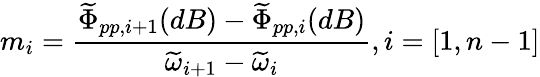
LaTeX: m_{i}=\frac{\widetilde{\Phi}_{pp,i+1}(dB)-\widetilde{\Phi}_{pp,i}(dB)}{\widetilde{\omega}_{i+1}-\widetilde{\omega}_{i}},i=[1,n-1]